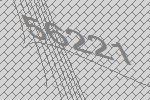
56221